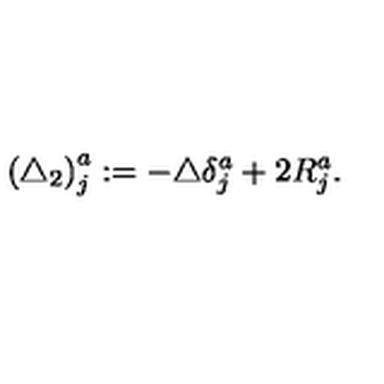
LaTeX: \left( \triangle _ { 2 } \right) _ { j } ^ { a } : = - \triangle \delta _ { j } ^ { a } + 2 R _ { j } ^ { a } .